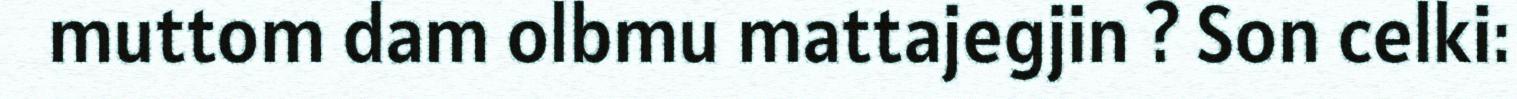
muttom dam olbmu mattajegjin ? Son celki: